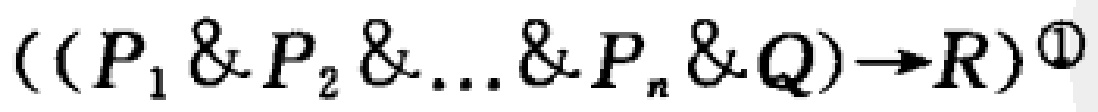
$((P_1 \& P_2 \& \ldots \& P_n \& Q) \to R)^{\textcircled{1}}$